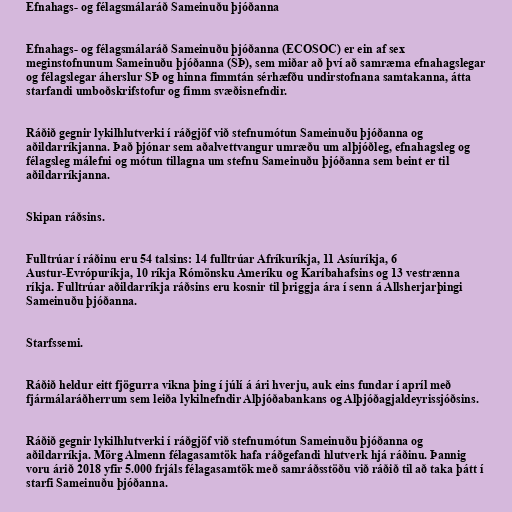
Efnahags- og félagsmálaráð Sameinuðu þjóðanna

Efnahags- og félagsmálaráð Sameinuðu þjóðanna (ECOSOC) er ein af sex
meginstofnunum Sameinuðu þjóðanna (SÞ), sem miðar að því að samræma efnahagslegar
og félagslegar áherslur SÞ og hinna fimmtán sérhæfðu undirstofnana samtakanna, átta
starfandi umboðskrifstofur og fimm svæðisnefndir.

Ráðið gegnir lykilhlutverki í ráðgjöf við stefnumótun Sameinuðu þjóðanna og
aðildarríkjanna. Það þjónar sem aðalvettvangur umræðu um alþjóðleg, efnahagsleg og
félagsleg málefni og mótun tillagna um stefnu Sameinuðu þjóðanna sem beint er til
aðildarríkjanna.

Skipan ráðsins.

Fulltrúar í ráðinu eru 54 talsins: 14 fulltrúar Afríkuríkja, 11 Asíuríkja, 6
Austur-Evrópuríkja, 10 ríkja Rómönsku Ameríku og Karíbahafsins og 13 vestrænna
ríkja. Fulltrúar aðildarríkja ráðsins eru kosnir til þriggja ára í senn á Allsherjarþingi
Sameinuðu þjóðanna.

Starfssemi.

Ráðið heldur eitt fjögurra vikna þing í júlí á ári hverju, auk eins fundar í apríl með
fjármálaráðherrum sem leiða lykilnefndir Alþjóðabankans og Alþjóðagjaldeyrissjóðsins.

Ráðið gegnir lykilhlutverki í ráðgjöf við stefnumótun Sameinuðu þjóðanna og
aðildarríkja. Mörg Almenn félagasamtök hafa ráðgefandi hlutverk hjá ráðinu. Þannig
voru árið 2018 yfir 5.000 frjáls félagasamtök með samráðsstöðu við ráðið til að taka þátt í
starfi Sameinuðu þjóðanna.